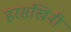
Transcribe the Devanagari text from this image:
हरसंखिनी